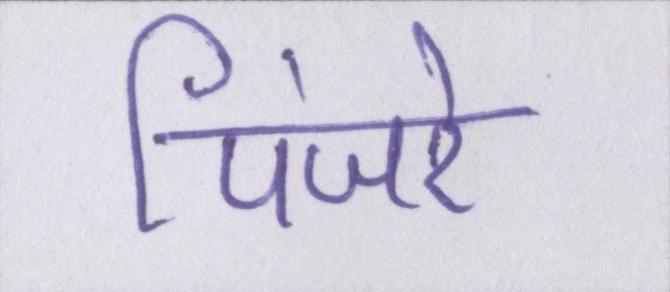
पिंजरे